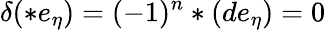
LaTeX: \delta(\ast e_{\eta})=(-1)^{n}\ast(de_{\eta})=0